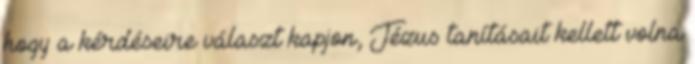
hogy a kérdéseire választ kapjon, Jézus tanításait kellett volna